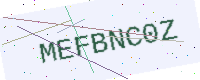
Text: MEFBNC0Z